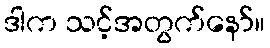
ဒါက သင့်အတွက်နော်။